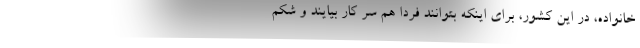
خانواده، در این کشور، برای اینکه بتوانند فردا هم سر کار بیایند و شکم